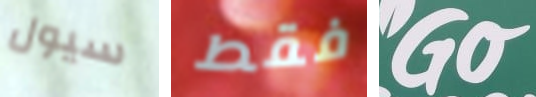
سيول فقط Go